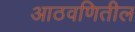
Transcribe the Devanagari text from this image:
आठवणितील